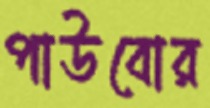
পাউবোর